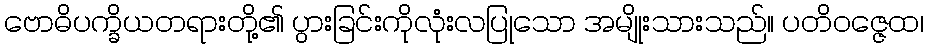
ဗောဓိပက္ခိယတရားတို့၏ ပွားခြင်းကိုလုံးလပြုသော အမျိုးသားသည်။ ပတိဝဇ္ဇေထ၊